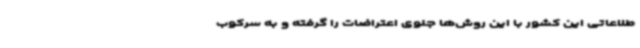
طلاعاتی این کشور با این روش‌ها جلوی اعتراضات را گرفته و به سرکوب